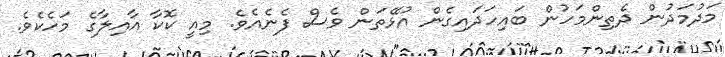
މަދުމަދުން ދެތިންމަހުން ބައިހަދައިގެން އުޅޭތަން ވެސް ފެނެއެވެ. މިއީ ކޮކާ އާއިލާގެ މަހެކެވެ.